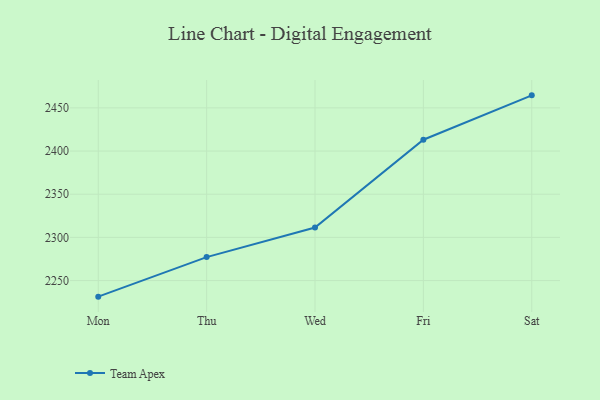
{"axis": {"x": "Day", "y": "Population (Million)"}, "legend": ["Team Apex"], "data": [{"x": "Mon", "y": 2231.4, "type": "Team Apex"}, {"x": "Thu", "y": 2277.2, "type": "Team Apex"}, {"x": "Wed", "y": 2311.4, "type": "Team Apex"}, {"x": "Fri", "y": 2413.1, "type": "Team Apex"}, {"x": "Sat", "y": 2464.5, "type": "Team Apex"}]}